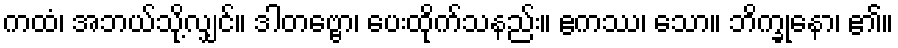
ကထံ၊ အဘယ်သို့လျှင်။ ဒါတဗ္ဗော၊ ပေးထိုက်သနည်း။ ဧကဿ၊ သော။ ဘိက္ခုနော၊ ၏။